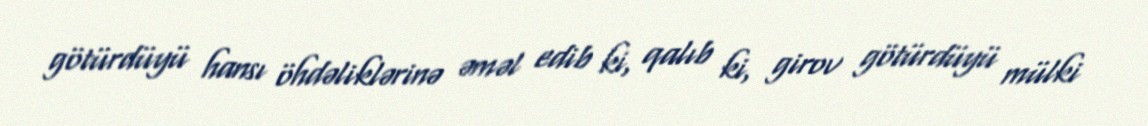
götürdüyü hansı öhdəliklərinə əməl edib ki, qalıb ki, girov götürdüyü mülki